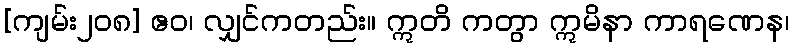
[ကျမ်း၂၀၈] ဧဝ၊ လျှင်ကတည်း။ ဣတိ ကတွာ ဣမိနာ ကာရဏေန၊